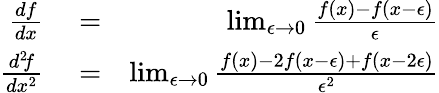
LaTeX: \begin{array}{rlr}{{\frac{df}{dx}}}&{{}=}&{\operatorname*{lim}_{\epsilon\to 0}{\frac{f(x)-f(x-\epsilon)}{\epsilon}}}\\ {{\frac{d^{2}\! f}{dx^{2}}}}&{{}=}&{\operatorname*{lim}_{\epsilon\to 0}{\frac{f(x)-2f(x-\epsilon)+f(x-2\epsilon)}{\epsilon^{2}}}}\end{array}